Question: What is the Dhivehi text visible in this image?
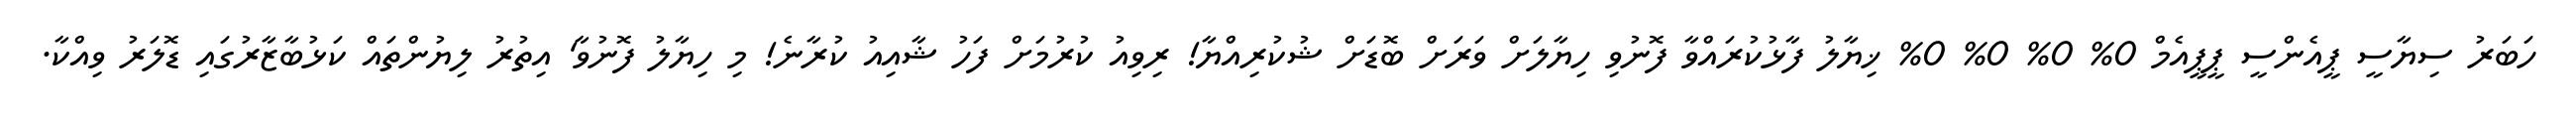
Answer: ހަބަރު ސިޔާސީ ޕީއެންސީ ޕީޕީއެމް 0% 0% 0% 0% ޚިޔާލު ފާޅުކުރައްވާ ފޮނުވި ހިޔާލަށް ވަރަށް ބޮޑަށް ޝުކުރިއްޔާ! ރިވިއު ކުރުމަށް ފަހު ޝާއިއު ކުރާނެ! މި ހިޔާލު ފޮނުވާ' އިތުރު ލިޔުންތައް ކަޅުބާޒާރުގައި ޑޮލަރު ވިއްކާ.